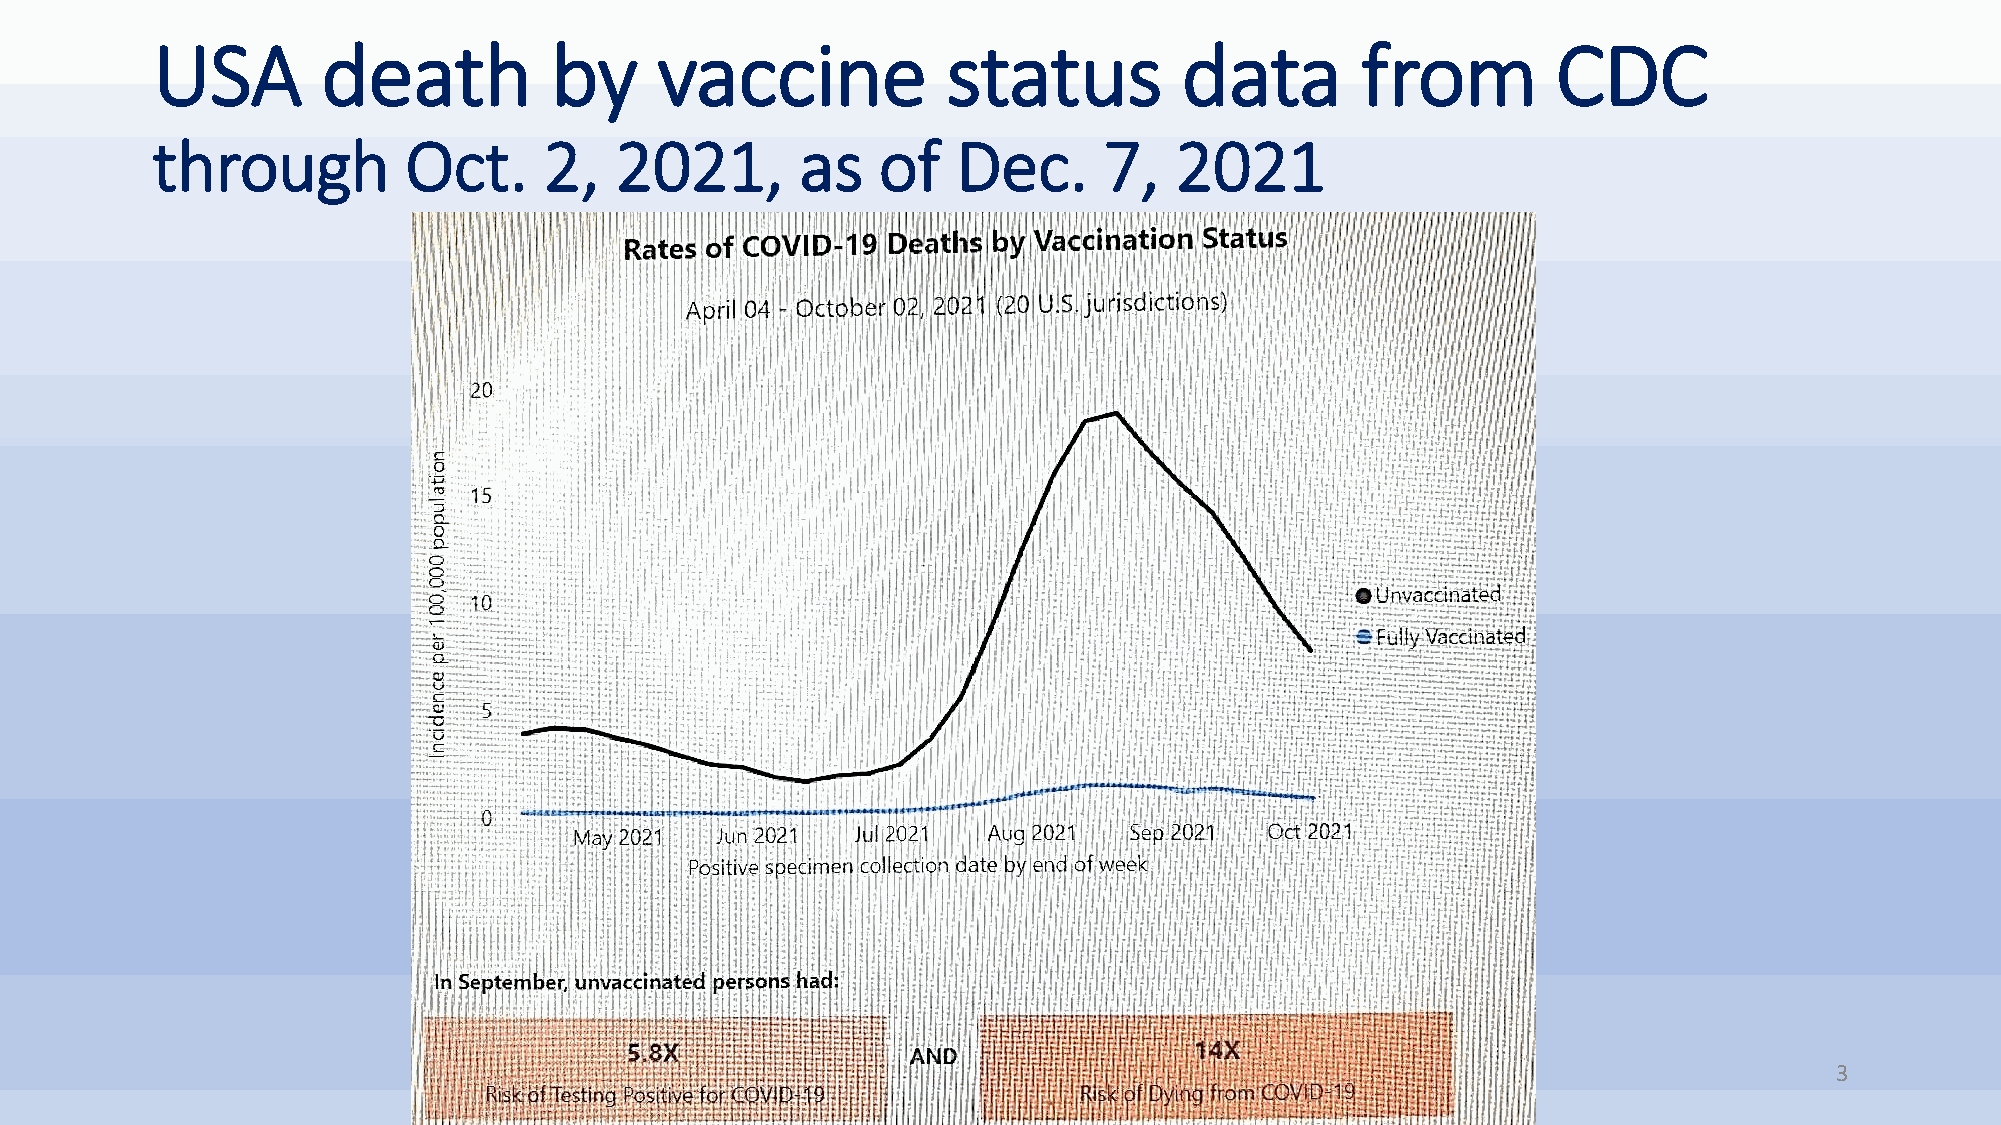
USA        death          by     vaccine             status         data        from         CDC
 through          Oct.     2,   2021,       as   of   Dec.      7,   2021
 3